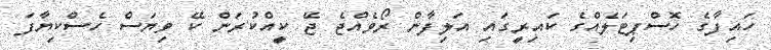
ހައިފާގެ ހޮސްޕިޓަލެއްގެ ކައިރީގައި އަލިފާން ރޯވެއްޖެ ޖޭ ކީއްކުރަން ކޭ ވިޔަސް ހެސްކިޔާފަ